Note on the mental hospitals in Burma - 1925-1940
Year: 1925
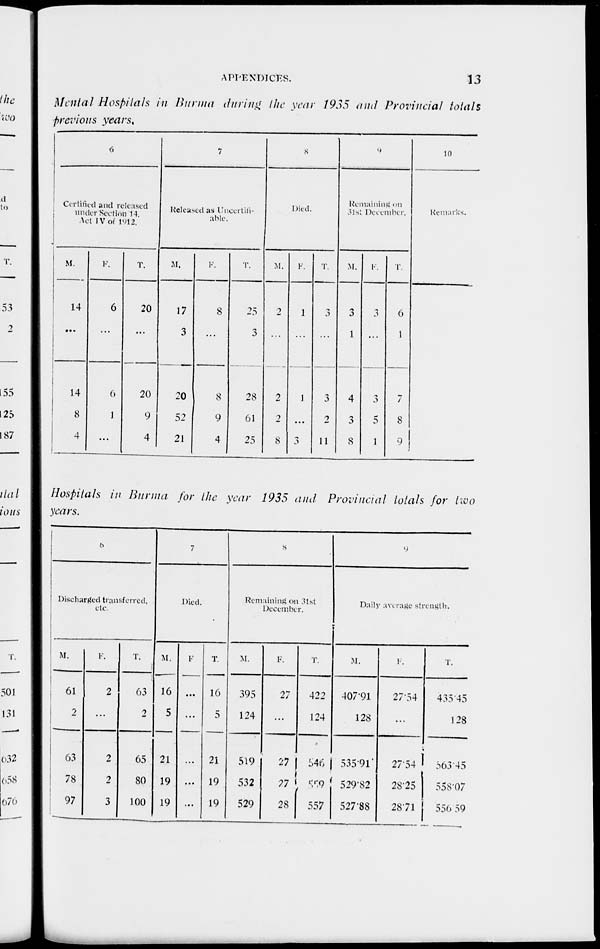
APPENDICES.
13
Mental Hospitals in Burma during the year 1935 and Provincial totals
previous years.
6
Certified and released
under Section 14,
Act IV of 1912.
M.
14
...
14
8
4
F.
6
...
6
1
...
T.
20
...
20
9
4
7
Released as Uncertifi-
able.
M.
17
3
20
52
21
F.
8
...
8
9
4
T.
25
3
28
61
25
8
Died.
M.
2
...
2
2
8
F.
1
...
1
...
3
T.
3
...
3
2
11
9
Remaining on
31st December.
M.
3
1
4
3
8
F.
3
...
3
5
1
T.
6
1
7
8
9
10
Remarks.
Hospitals in Burma for the year 1935 and Provincial totals for two
years.
6
Discharged transferred,
etc.
M.
61
2
63
78
97
F.
2
...
2
2
3
T.
63
2
65
80
100
7
Died.
M.
16
5
21
19
19
F.
...
...
...
...
...
T.
16
5
21
19
19
8
Remaining on 31st
December.
M.
395
124
519
532
529
F.
27
...
27
27
28
T.
422
124
546
559
557
9
Daily average strength.
M.
407.91
128
535.91
529.82
527.88
F.
27.54
...
27.54
28.25
28.71
T.
435.45
128
563.45
558.07
556.59